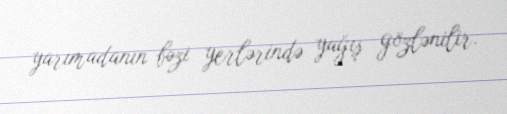
yarımadanın bəzi yerlərində yağış gözlənilir.